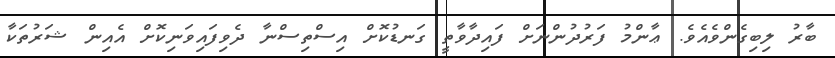
ބާރު ލިބިގެންވެއެވެ. ޢާންމު ފަރުދުންނަށް ފައިދާވާތީ ގަނޑުކޮށް އިސްތިސްނާ ދެވިފައިވަނިކޮށް އެއިން ޝަރުތަކާ